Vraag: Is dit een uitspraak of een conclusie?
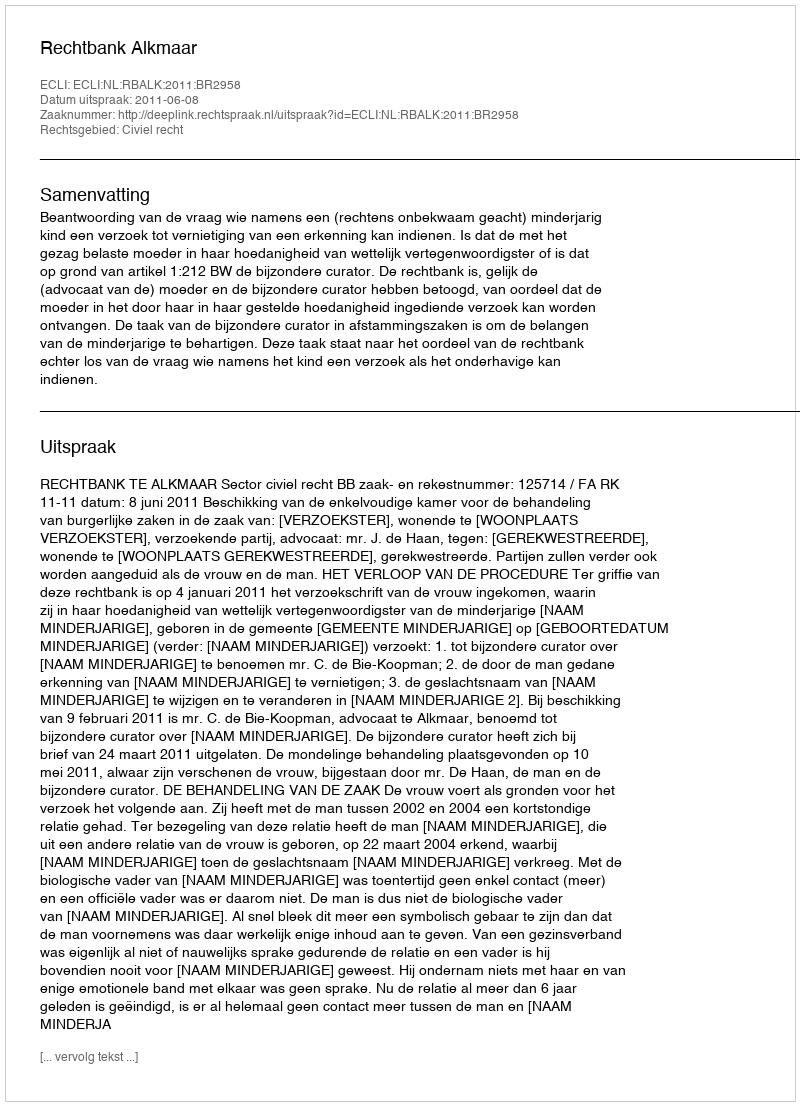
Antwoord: Uitspraak